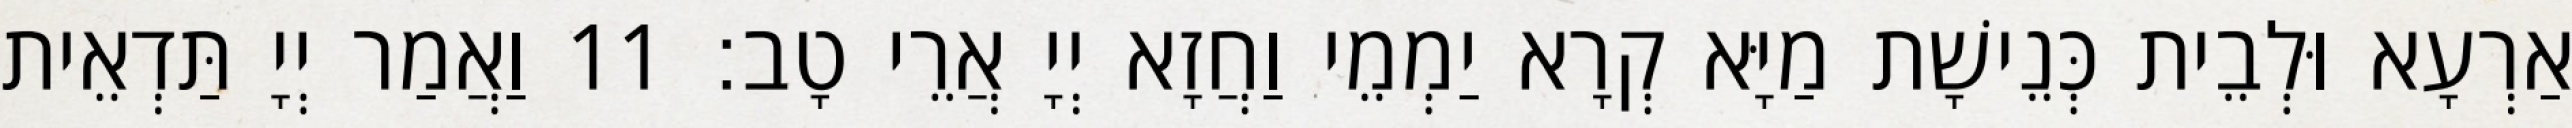
אַרְעָא וּלְבֵית כְּנֵישָׁת מַיָּא קְרָא יַמְמֵי וַחֲזָא יְיָ אֲרֵי טָב׃ 11 וַאֲמַר יְיָ תַּדְאֵית